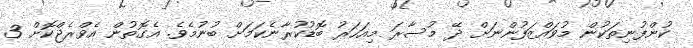
ކުންފުނިތަކުން މުވައްޒަފުންނަށް ދޭ މުސާރަ މިއަހަރު ބޮޑުކުރާނެކަމަށް ބުނުމެވެ. އެގޮތުން އެވްރެޖްކޮށް 3